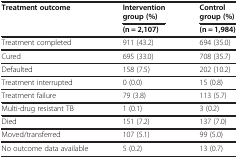
<table><thead><tr><td rowspan="2"><b>Treatment outcome</b></td><td><b>Intervention group (%)</b></td><td><b>Control group (%)</b></td></tr><tr><td><b>(n = 2,107)</b></td><td><b>(n = 1,984)</b></td></tr></thead><tbody><tr><td>Treatment completed</td><td>911 (43.2)</td><td>694 (35.0)</td></tr><tr><td>Cured</td><td>695 (33.0)</td><td>708 (35.7)</td></tr><tr><td>Defaulted</td><td>158 (7.5)</td><td>202 (10.2)</td></tr><tr><td>Treatment interrupted</td><td>0 (0.0)</td><td>15 (0.8)</td></tr><tr><td>Treatment failure</td><td>79 (3.8)</td><td>113 (5.7)</td></tr><tr><td>Multi-drug resistant TB</td><td>1 (0.1)</td><td>3 (0.2)</td></tr><tr><td>Died</td><td>151 (7.2)</td><td>137 (7.0)</td></tr><tr><td>Moved/transferred</td><td>107 (5.1)</td><td>99 (5.0)</td></tr><tr><td>No outcome data available</td><td>5 (0.2)</td><td>13 (0.7)</td></tr></tbody></table>